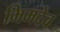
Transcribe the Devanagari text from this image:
भिमदेव